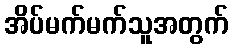
အိပ်မက်မက်သူအတွက်